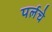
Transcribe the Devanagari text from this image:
पर्लचे